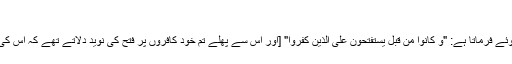
"
قرآن کریم یھودیوں کے اس عمل کی جانب اشارہ کرتے ھوئے فرماتا ہے: "وَ کانُوا مِنْ قَبْلُ یَسْتَفْتِحُونَ عَلَى الَّذِینَ کَفَرُوا" [اور اس سے پھلے تم خود کافروں پر فتح کی نوید دلاتے تھے کہ اس کی مدد سے دشمنوں پر غلبہ پاو گے] (سورہ بقرہ، آیت 89)۔